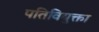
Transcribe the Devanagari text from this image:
पतिवियुक्ता